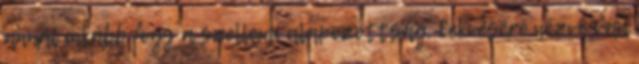
annál inkább fogy a szellemi alapozottság. Fekvésére nézve van